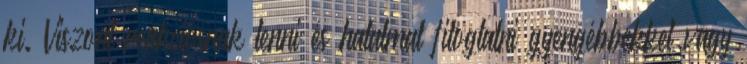
ki. Viszont reakciósnak lenni és hatalmat fitogtatni gyengébbekkel vagy